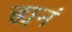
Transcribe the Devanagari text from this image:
ह्यनं